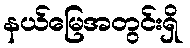
နယ်မြေအတွင်းရှိ